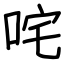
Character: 咤